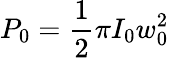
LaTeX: P_{0}={\frac{1}{2}}\pi I_{0}w_{0}^{2}